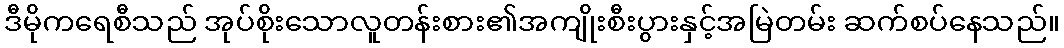
ဒီမိုကရေစီသည် အုပ်စိုးသောလူတန်းစား၏အကျိုးစီးပွားနှင့်အမြဲတမ်း ဆက်စပ်နေသည်။